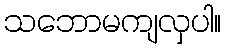
သဘောမကျလှပါ။